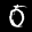
Label: 0